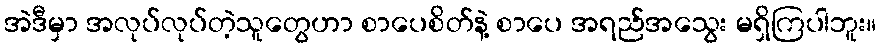
အဲဒီမှာ အလုပ်လုပ်တဲ့သူတွေဟာ စာပေစိတ်နဲ့ စာပေ အရည်အသွေး မရှိကြပါဘူး။